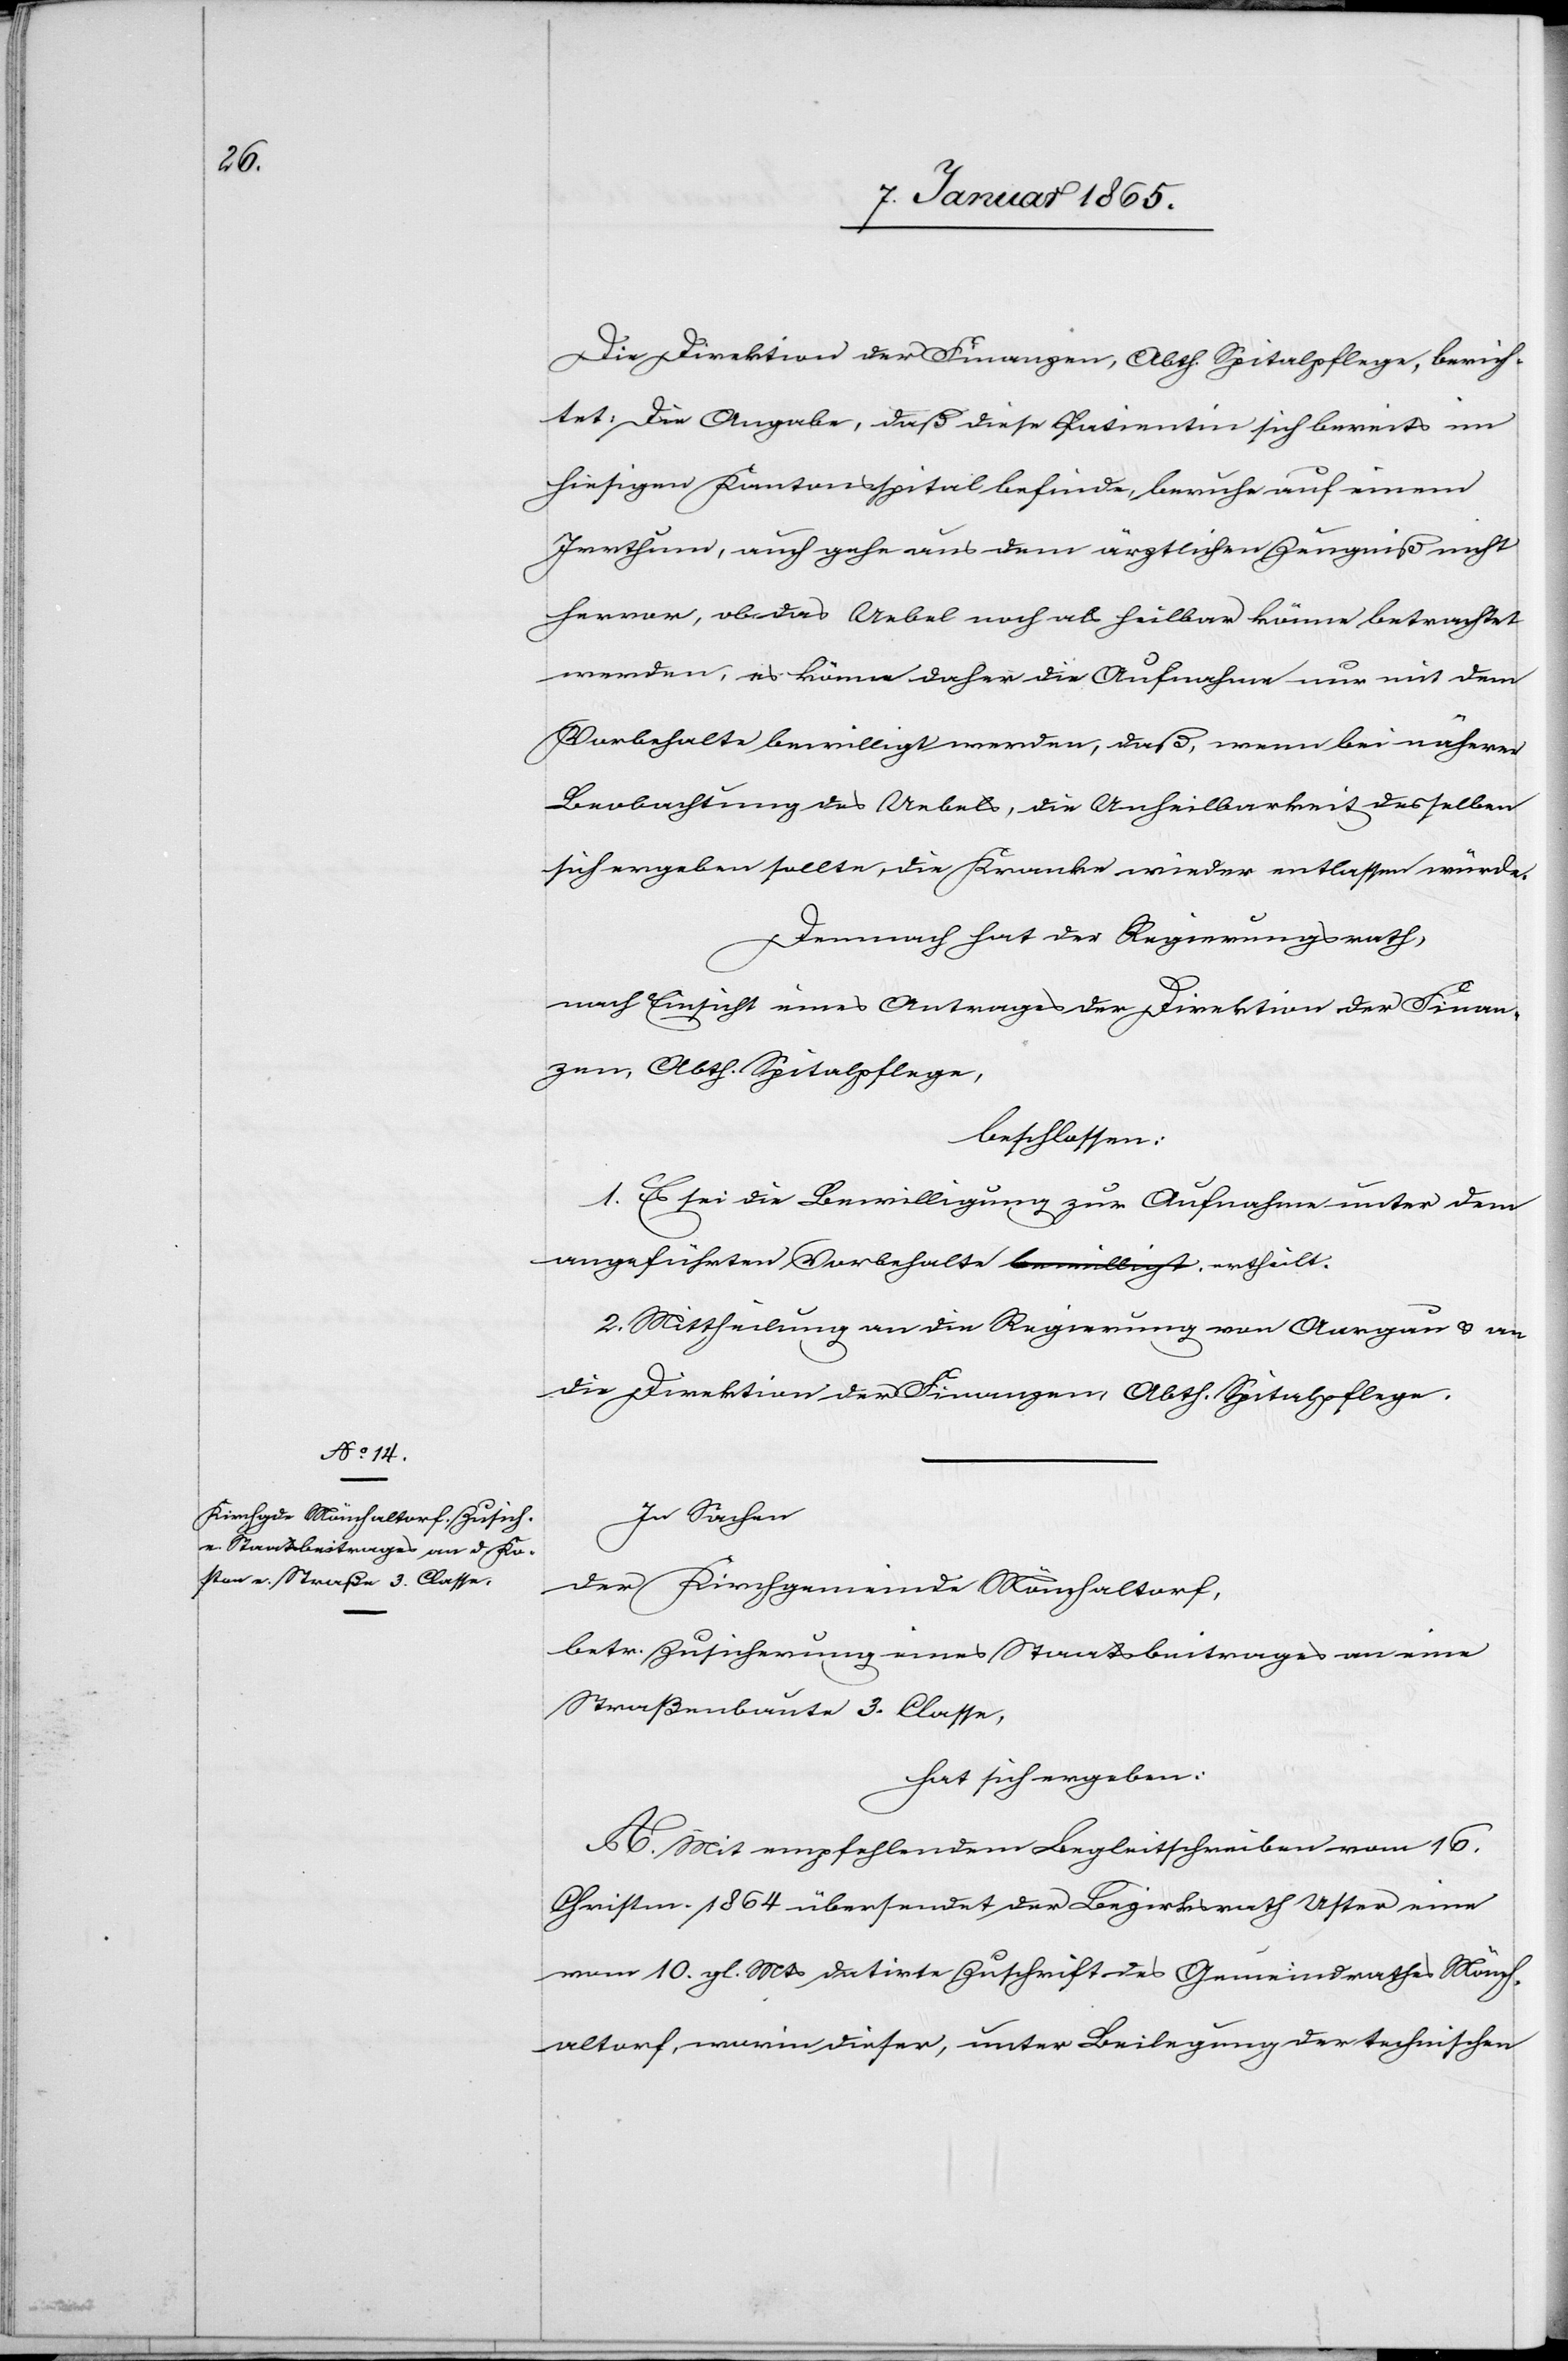
Die Direktion der Finanzen, Abthl. Spitalpflege, berich¬
tet: Die Angabe, daß diese Patientin sich bereits im
hiesigen Kantonsspital befinde, beruhe auf einem
Irrthum, auch gehe aus dem ärztlichen Zeugniß nicht
hervor, ob das Uebel noch als heilbar könne betrachtet
werden, es könne daher die Aufnahme nur mit dem
Vorbehalte bewilligt werden, daß, wenn bei näherer
Beobachtung des Uebels, die Unheilbarkeit desselben
sich ergeben sollte, die Kranke wieder entlassen würde.
Demnach hat der Regierungsrath,
nach Einsicht eines Antrages der Direktion der Finan¬
zen, Abth. Spitalpflege,
beschlossen:
1. Es sei die Bewilligung zur Aufnahme unter dem
angeführten Vorbehalte ertheilt.
2. Mittheilung an die Regierung von Aargau u. an
die Direktion der Finanzen, Abth. Spitalpflege.
In Sachen
der Kirchgemeinde Mönchaltorf,
betr. Zusicherung eines Staatsbeitrages an eine
Straßenbaute 3. Classe,
hat sich ergeben:
A. Mit empfehlendem Begleitschreiben vom 16.
Christm. 1864 übersendet der Bezirksrath Uster eine
vom 10. gl. Mts datirte Zuschrift des Gemeindrathes Mönch¬
altorf, worin dieser, unter Beilegung der technischen